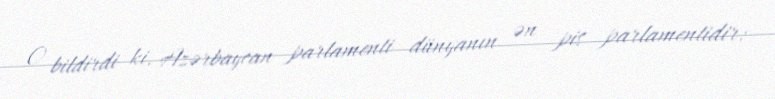
O bildirdi ki, Azərbaycan parlamenti dünyanın ən pis parlamentidir: